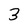
Character: 3